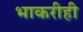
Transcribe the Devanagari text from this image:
भाकरीही